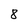
Character: 8